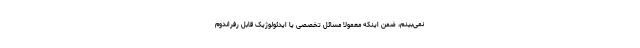
نمی‌بینم، ضمن اینکه معمولا مسائل تخصصی یا ایدئولوژیک قابل رفراندوم